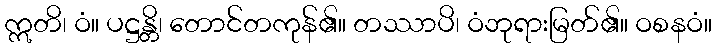
ဣတိ၊ ဝံ။ ပဋ္ဌန္တိ၊ တောင်တကုန်၏။ တဿာပိ၊ ဝံဘုရားမြတ်၏။ ဝစနဝံ။